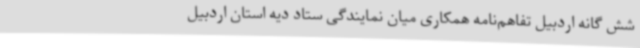
شش گانه اردبیل تفاهم‌نامه همکاری میان نمایندگی ستاد دیه استان اردبیل